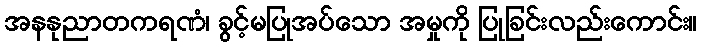
အနနုညာတကရဏံ၊ ခွင့်မပြုအပ်သော အမှုကို ပြုခြင်းလည်းကောင်း။